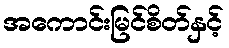
အကောင်းမြင်စိတ်နှင့်